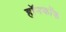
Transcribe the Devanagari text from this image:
हॉनकॉक